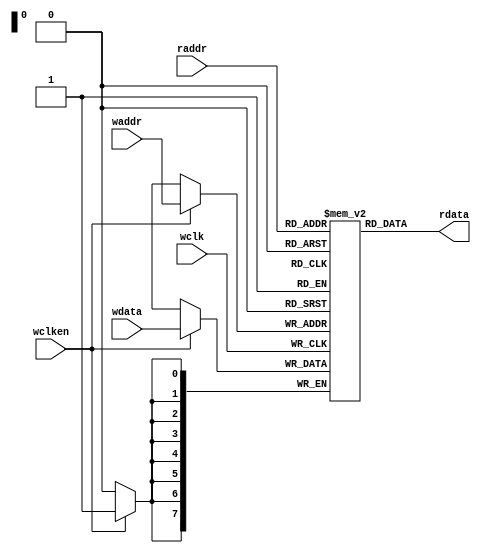
`timescale 1ns / 1ps
//////////////////////////////////////////////////////////////////////////////////
// Company: 
// Engineer: 
// 
// Design Name: 
// Module Name:    fifomen 
// Project Name: 
// Target Devices: 
// Tool versions: 
// Description: 
//
// Dependencies: 
//
// Revision: 
// Revision 0.01 - File Created
// Additional Comments: 
//
//////////////////////////////////////////////////////////////////////////////////
module fifomem (rdata, wdata, waddr, raddr, wclken, wclk);
  parameter DATASIZE = 8; // Memory data word width
  parameter ADDRSIZE = 8; // Number of memory address bits
  parameter DEPTH = 1<<ADDRSIZE; // DEPTH = 2**ADDRSIZE
  output [DATASIZE-1:0] rdata;
  input [DATASIZE-1:0] wdata;
  input [ADDRSIZE-1:0] waddr, raddr;
  input wclken, wclk;
  reg i;
  
 /* initial
   begin
	 MEM[0] = 0;
	 MEM[1] = 0;
	 MEM[2] = 0;
	 MEM[3] = 0;
	 MEM[4] = 0;
	 MEM[5] = 0;
	 MEM[6] = 0;
	 MEM[7] = 0;
	 MEM[8] = 0;
	 MEM[9] = 0;
	 MEM[10] = 0;
	 MEM[11] = 0;
	 MEM[12] = 0;
	 MEM[13] = 0;
	 MEM[14] = 0;
	 MEM[15] = 0;
	end*/
  
  
  
  
 /* `ifdef VENDORRAM
// instantiation of a vendor's dual-port RAM
      VENDOR_RAM MEM (.dout(rdata), .din(wdata),
                    .waddr(waddr), .raddr(raddr),
                    .wclken(wclken), .clk(wclk));
  `else*/
 
 reg [DATASIZE-1:0] MEM [0:DEPTH-1];
  assign rdata = MEM[raddr];
 
  always @(posedge wclk)
      if (wclken)
         MEM[waddr] <= wdata;
 //`endif
endmodule